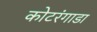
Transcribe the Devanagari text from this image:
कोटरंगाडा